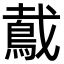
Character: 䳒